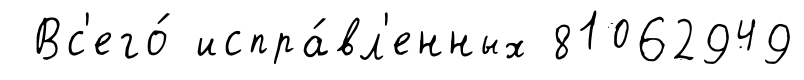
Вс'его́ испра́вл'енных 81062949